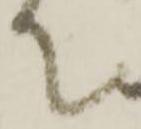
て